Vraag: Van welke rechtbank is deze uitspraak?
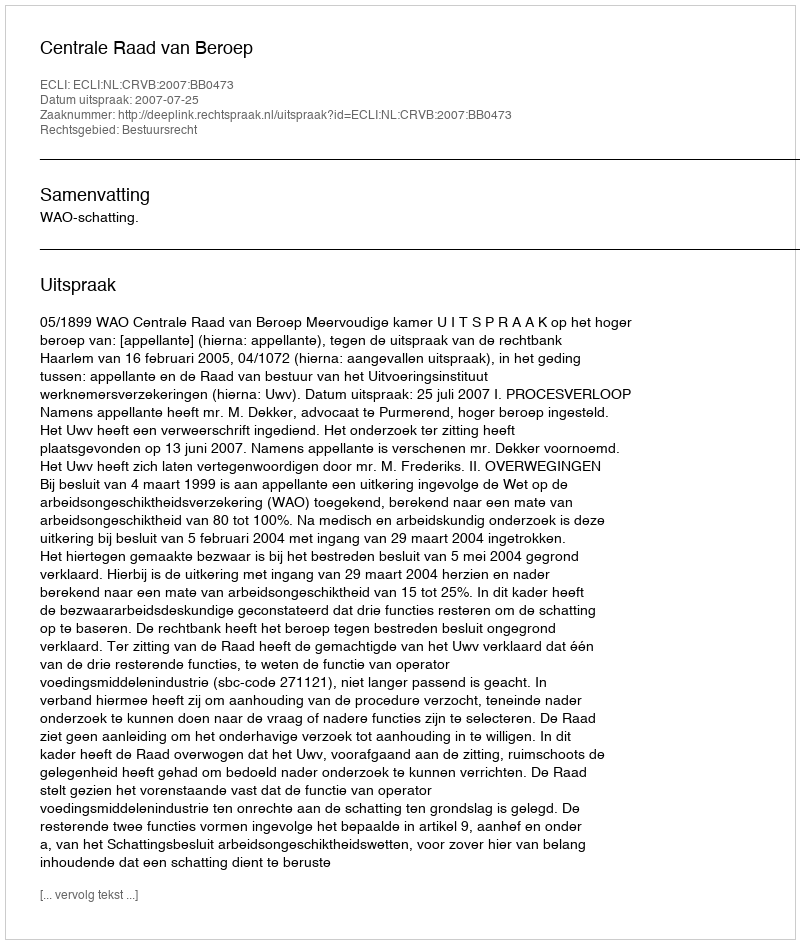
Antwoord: Centrale Raad van Beroep